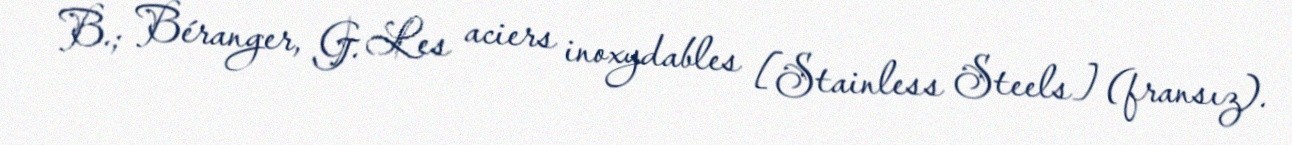
B.; Béranger, G. Les aciers inoxydables [Stainless Steels] (fransız).